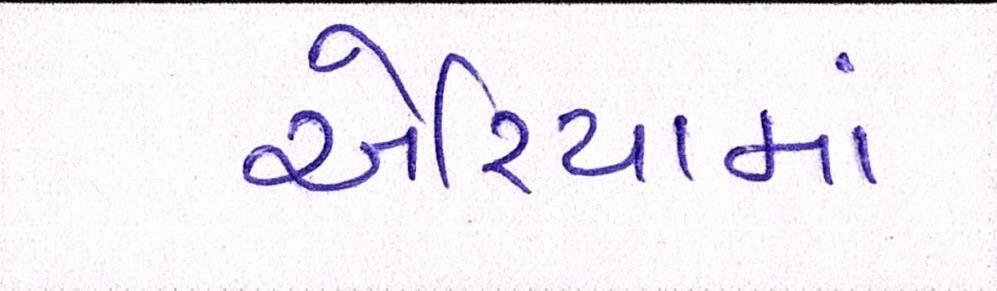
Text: એરિયામાં